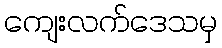
ကျေးလက်ဒေသမှ